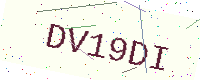
Text: DV19DI